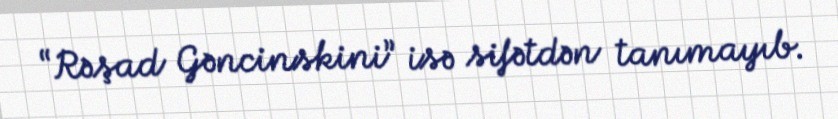
“Rəşad Gəncinskini” isə sifətdən tanımayıb.